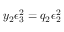
y _ { 2 } \epsilon _ { 3 } ^ { 2 } = q _ { 2 } \epsilon _ { 2 } ^ { 2 }